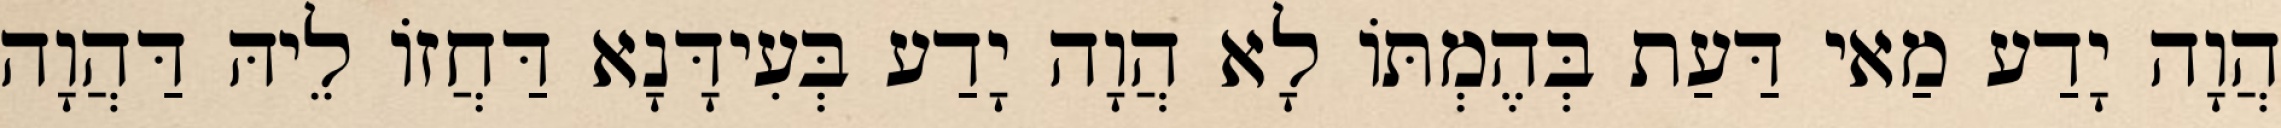
הֲוָה יָדַע מַאי דַּעַת בְּהֶמְתּוֹ לָא הֲוָה יָדַע בְּעִידָּנָא דַּחֲזוֹ לֵיהּ דַּהֲוָה